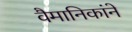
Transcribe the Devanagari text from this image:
वैमानिकांने